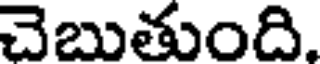
చెబుతుంది.